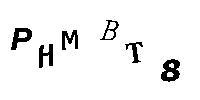
PHMBT8